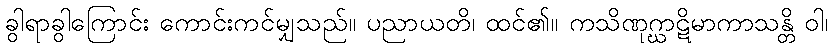
ခွါရာခွါကြောင်း ကောင်းကင်မျှသည်။ ပညာယတိ၊ ထင်၏။ ကသိဏုဂ္ဃာဋိမာကာသန္တိ ဝါ၊